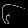
Digit: ၆